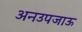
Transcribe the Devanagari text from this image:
अनउपजाऊ